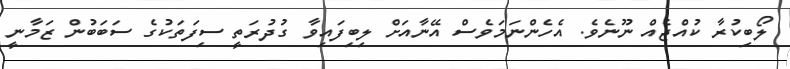
ލޯބިކުރާ ކުއްޖެއް ނޫނެވެ. އެހެންނަމަވެސް އޭނާއަށް ލިބިފައިވާ ގުދުރަތީ ސިފަތަކުގެ ސަބަބުން ޒަމާނީ